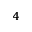
_ { 4 }